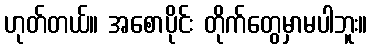
ဟုတ်တယ်။ အစောပိုင်း တိုက်တွေမှာမပါဘူး။